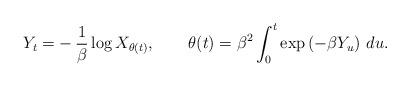
LaTeX: \begin{align*}Y_t =& -\frac{1}{\beta}\log X_{\theta(t)} ,\qquad\theta(t)= \beta^2 \int_{0}^t \exp\left ( -\beta Y_u \right)\, du.\end{align*}